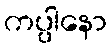
ကပ္ပါနော